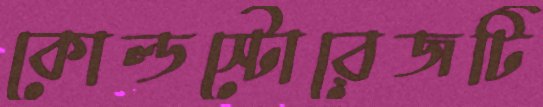
কোল্ডস্টোরেজটি